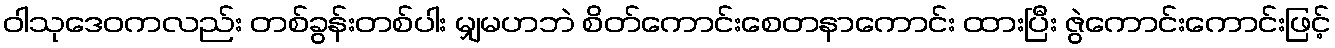
ဝါသုဒေဝကလည်း တစ်ခွန်းတစ်ပါး မျှမဟဘဲ စိတ်ကောင်းစေတနာကောင်း ထားပြီး ဇွဲကောင်းကောင်းဖြင့်